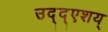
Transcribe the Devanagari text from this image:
उद्द्एशय्